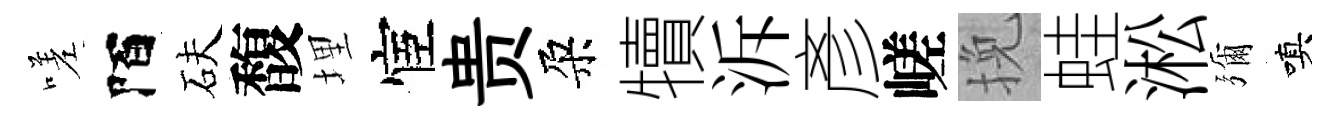
嗟陌砆馥埋宦贵朶犢泝彥嵯挽蛙淞彌嗔